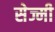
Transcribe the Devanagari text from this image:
सेज्मी